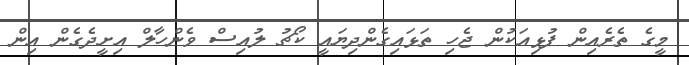
މީގެ ތެރެއިން ފުޅިއަކުން ޖެހި ތަޅައިގެންދިޔައީ ކޯޗު ލުއިސް ވެންހާލް އިށީދެގެން އިން